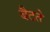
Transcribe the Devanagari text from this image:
बैटते